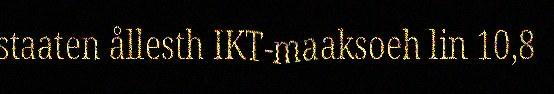
staaten ållesth IKT-maaksoeh lin 10,8